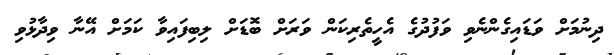
ދިނުމަށް ވަޑައިގެންނެވި ވަފުދުގެ އެހީތެރިކަން ވަރަށް ބޮޑަށް ލިބިފައިވާ ކަަމަށް އޭނާ ވިދާޅުވި